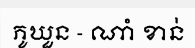
ភូឃួន - ណាំ ខាន់